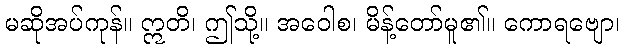
မဆိုအပ်ကုန်။ ဣတိ၊ ဤသို့။ အဝေါစ၊ မိန့်တော်မူ၏။ ကောရဗျော၊